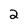
Character: 2